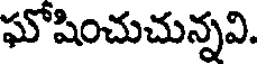
ఘోషించుచున్నవి.